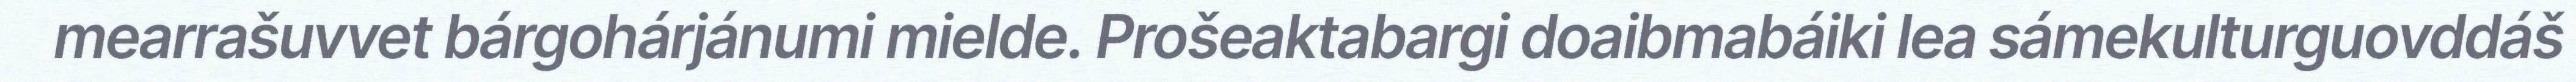
mearrašuvvet bárgohárjánumi mielde. Prošeaktabargi doaibmabáiki lea sámekulturguovddáš